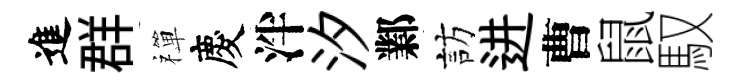
進群禪慶泮汐鄴訪进曹鼠馭